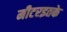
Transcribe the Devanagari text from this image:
मीटरइतके